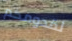
لقدومكم